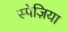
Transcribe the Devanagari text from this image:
स्पेज़िया